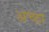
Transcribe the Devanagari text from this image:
अच्छा